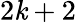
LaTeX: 2\mathit{k}+2